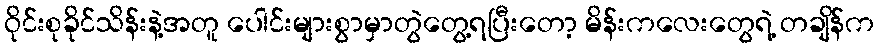
ဝိုင်းစုခိုင်သိန်းနဲ့အတူ ပေါင်းများစွာမှာတွဲတွေ့ရပြီးတော့ မိန်းကလေးတွေရဲ့ တချိန်က